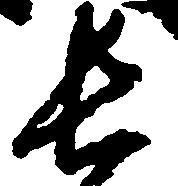
長